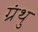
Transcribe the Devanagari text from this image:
ग्रंथु